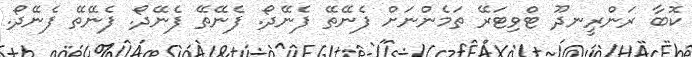
ކޮބާ ރަންރީނދޫ ޓްވިޓަރޭ ތަމެންނަށް ފެނޭތޭ ފެނޭދޯ. ފެނޭތޭ ފެނޭދޯ. ފެނޭތޭ ފެނޭދޯ.